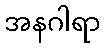
အနဂါရာ